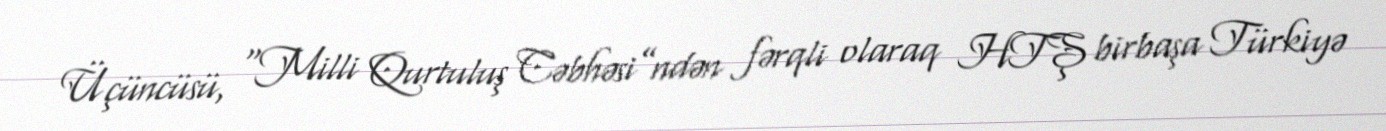
Üçüncüsü, “Milli Qurtuluş Cəbhəsi”ndən fərqli olaraq HTŞ birbaşa Türkiyə